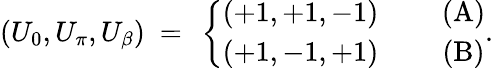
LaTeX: (U_{0},U_{\pi},U_{\beta})~=~\left\{ \begin{array}{cc}{{(+1,+1,-1)}}&{{~~~~~(\textrm{A})}}\\ {{(+1,-1,+1)}}&{{~~~~~(\textrm{B})}}\end{array}\right..